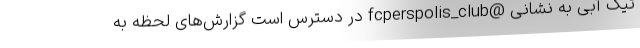
تیک آبی به نشانی @fcperspolis_club در دسترس است گزارش‌های لحظه به